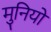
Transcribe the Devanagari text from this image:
मुनियो